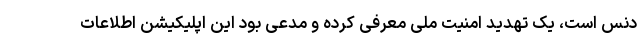
دنس است، یک تهدید امنیت ملی معرفی کرده و مدعی بود این اپلیکیشن اطلاعات